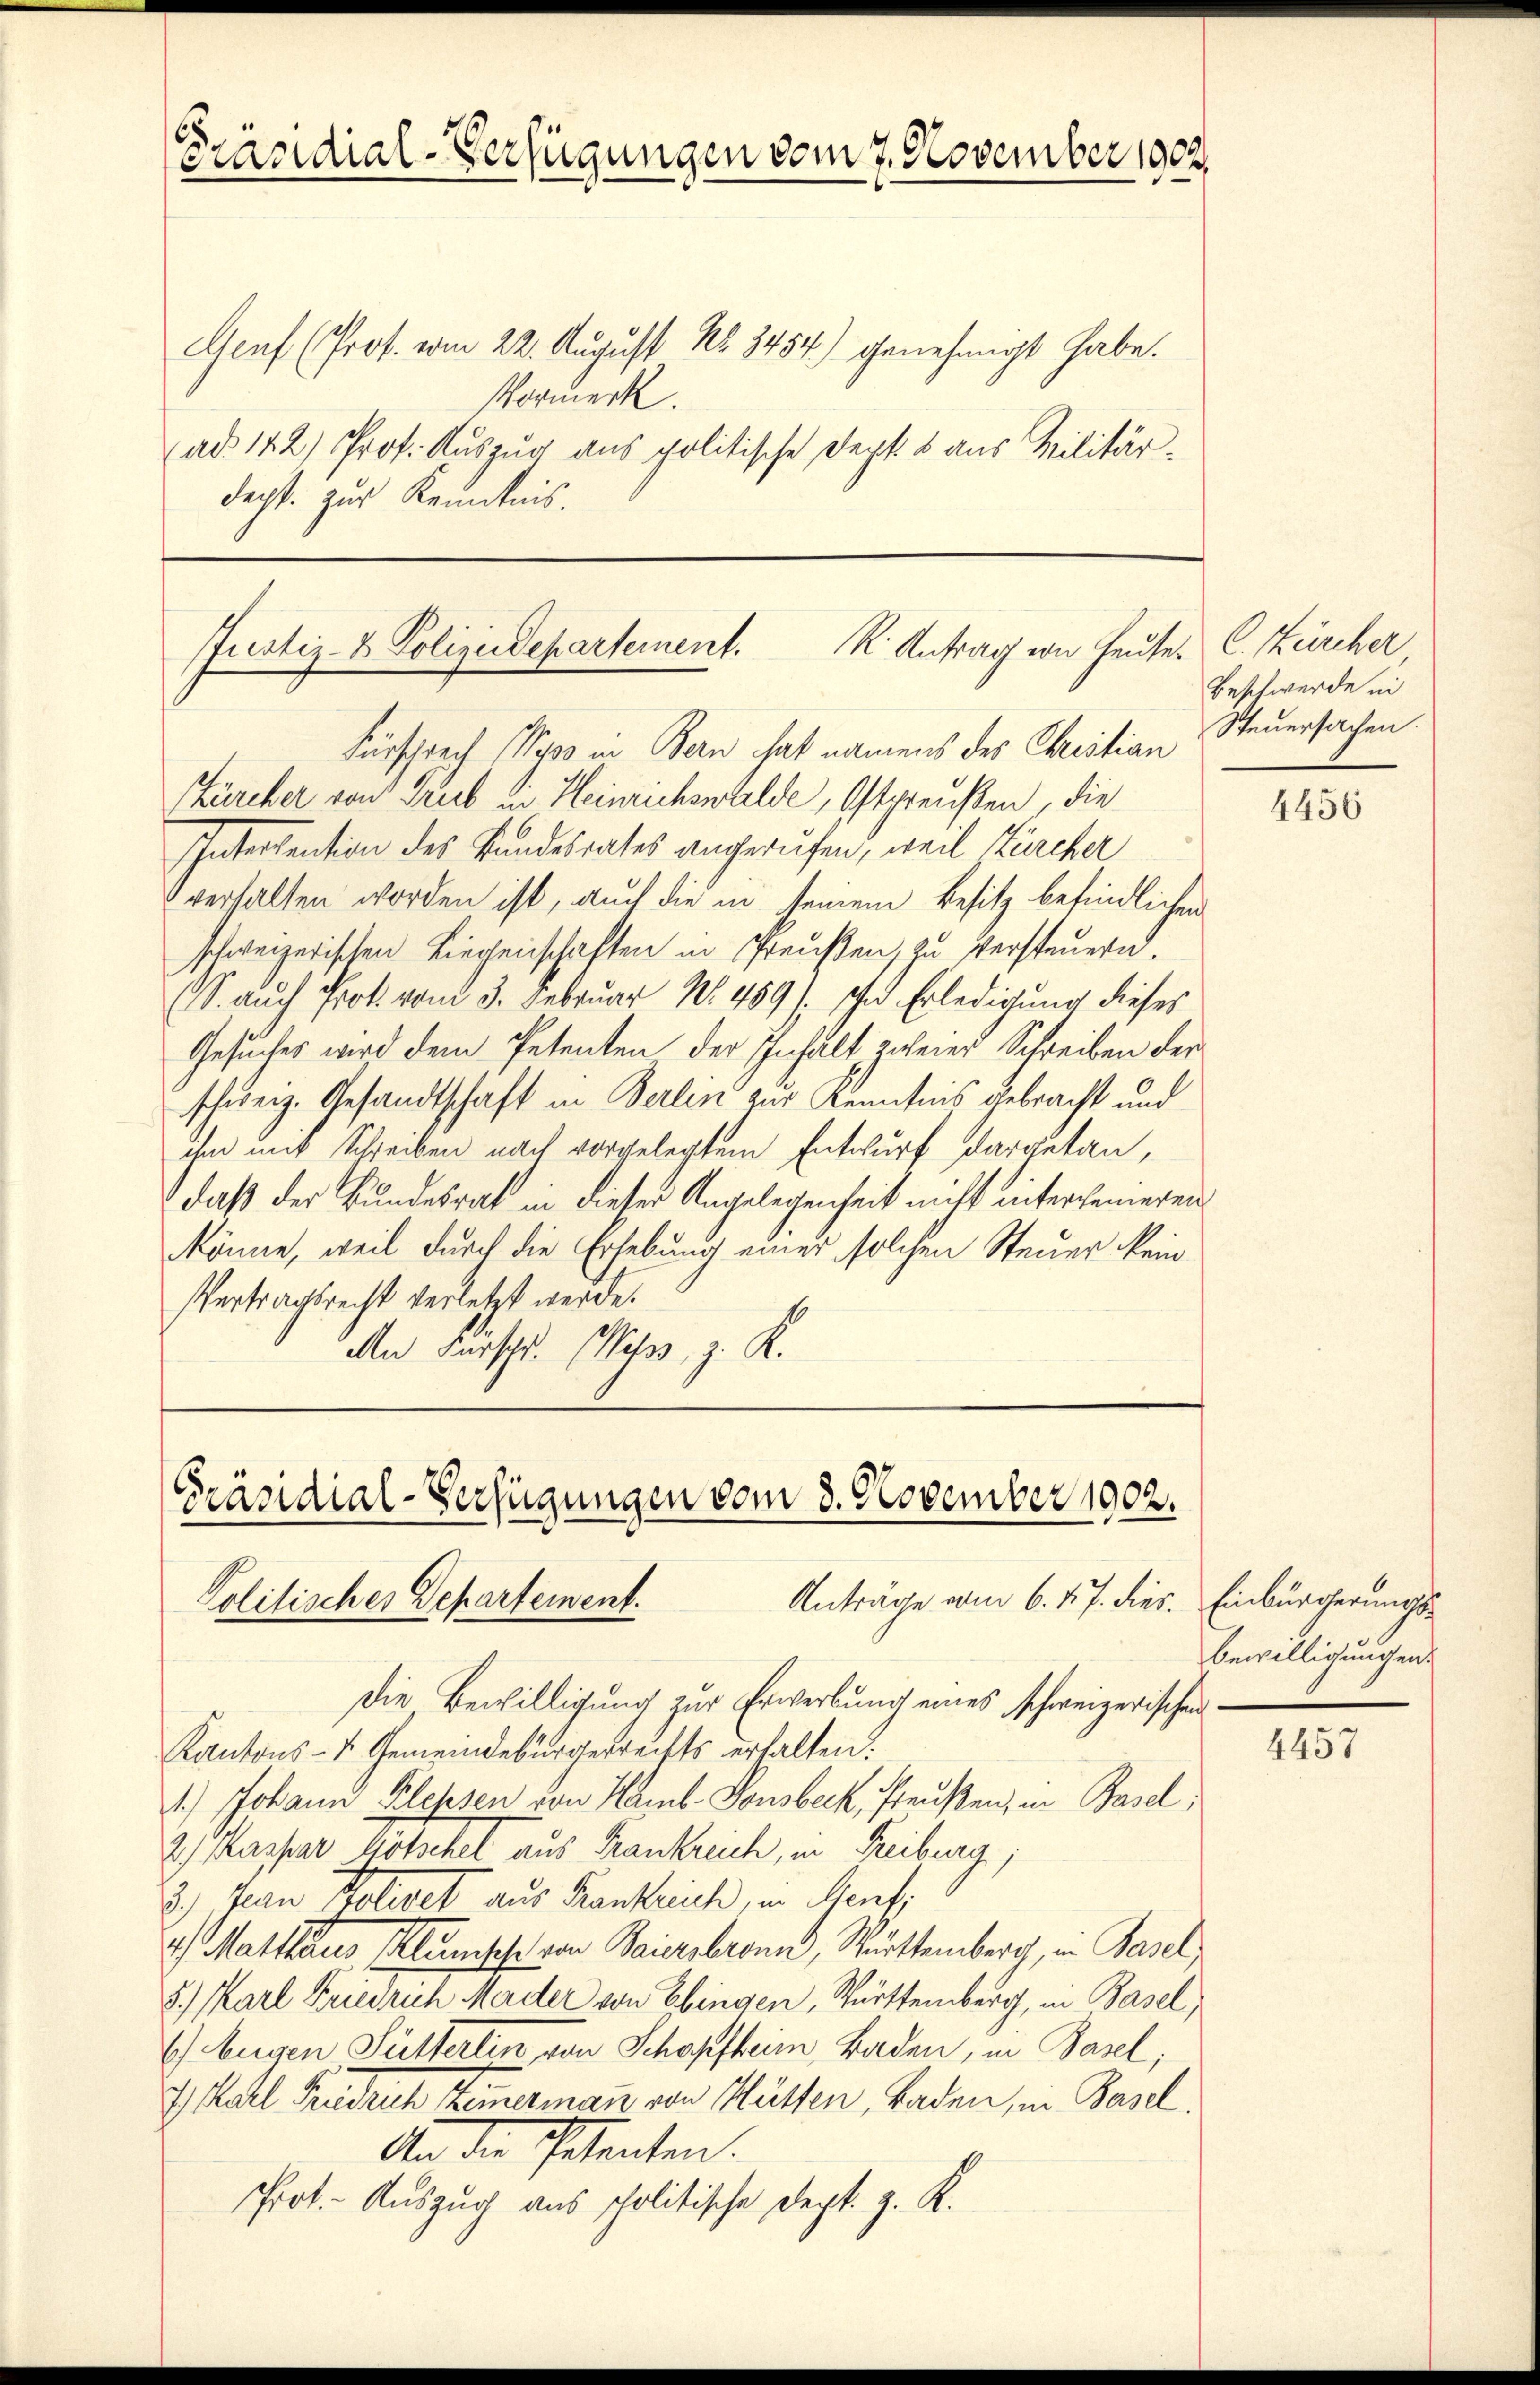
Präsidial-Verfügungen vom 7. November 1902.

Genf (Prot. vom 22. August No. 3454) genehmigt habe.
ormerk
ad 142) Prof. Auszug aus politische Dept. 8 aus Militärdacht. Zur Kenntnis.

Justiz- & Polizeidepartement. K. Antrag von Heute. C. Zürcher

Fürsprech (Syps in Bern hat namens des Christian Steuersachen.
Zürcher von Trub in Heinrichswalde, Ostpreußen, die
Intersention des Bundesrates angerufen, weil Zürcher
verhalten worden ist, auch die in seinem Besitz befindlichen
schweizerischen Liegenschaften in Preußen, zu versteuern.
(S. auch Prot. vom 3. Februar No. 459). In Erledigung dieses
Gesuches wird dem Petenten der Inhalt zweier Schreiben der
schweiz. Gesandtschaft in Berlin zur Kenntnis gebracht und
ihm mit Schreiben nach vorgelegtem Entwurf dargetan,
daß der Bundesrat in dieser Angelegenheit nicht interseineren
könne, weil durch die Erhebung einer solchen Steuer kein
Vertragsrecht verletzt werde.
An Fürschr. Misss, z. K.

Präsidial-Verfügungen vom 3. November 1902.
Anträge vom 6. 17. dies. Einbürgerungs¬
Politischer Departement.

Die Bewilligung zur Erwerbung eines schweizerischen
Kantons- u. Gemeindebürgerreifts erhalten.
1.) Johann Klehsen von Hamb Tonsbeck, Preußen, in Basel,
2) Kaspar lötschel aus Frankreich, in Freiburg,
2.) Man Policet aus Krankreich, in Senti
4) Matthaus Klumsche von Baiersbronn, Württemberg, in Basel;
8.) Karl Friedrich Mader von Ebingen, Württemberg, in Basel,
6) Eugen Sutterten von Schopfheim, Baden, in Basel,
7) Karl Friedrich Zimermann von Hütten, Baden, in Basel,
An die Petenten.
Prot. - Auszug aus politische Sept. z. K.

Beschwerde in

4456

Bewilligungen.

4457